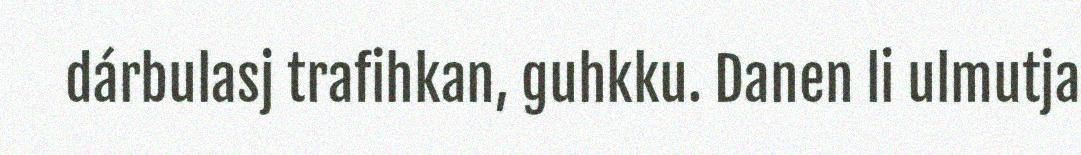
dárbulasj trafihkan, guhkku. Danen li ulmutja